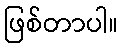
ဖြစ်တာပါ။